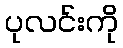
ပုလင်းကို